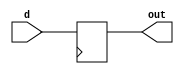
module data_ff(d,out);
input d;
output reg out;
reg clk;

always @(clk)
#1 clk = ~clk;

always @(posedge clk)
out <= d;

endmodule